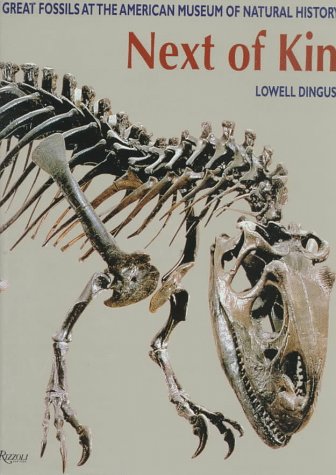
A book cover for Next of Kin: Great Fossils at the American Museum of Natural History; Lowell Dingus; Science & Math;